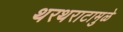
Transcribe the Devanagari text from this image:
थरथराटामुळे